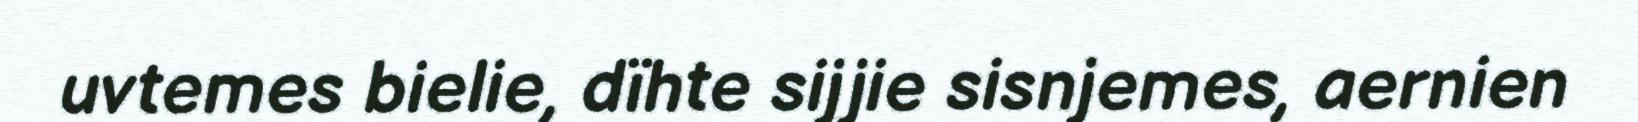
uvtemes bielie, dïhte sijjie sisnjemes, aernien